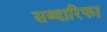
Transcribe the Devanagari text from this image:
सब्दारिफा